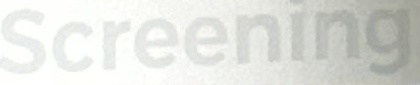
Screening